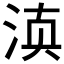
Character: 𰛬